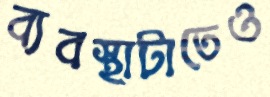
ব্যবস্থাটাতেও